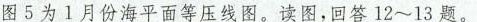
图5为l月份海平面等压线图。读图，回答12~13题。